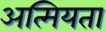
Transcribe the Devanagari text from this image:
अत्मियता